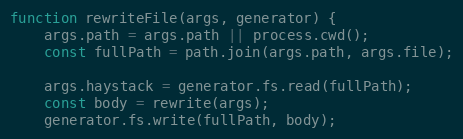
Language: JavaScript
function rewriteFile(args, generator) {
    args.path = args.path || process.cwd();
    const fullPath = path.join(args.path, args.file);

    args.haystack = generator.fs.read(fullPath);
    const body = rewrite(args);
    generator.fs.write(fullPath, body);